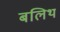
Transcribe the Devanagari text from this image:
बलिथ